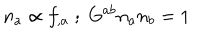
LaTeX: n _ { a } \propto f _ { , a } \; ; \; G ^ { a b } n _ { a } n _ { b } = 1